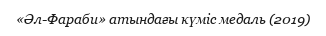
«Әл-Фараби» атындағы күміс медаль (2019)